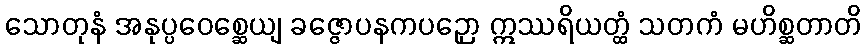
သောတုနံ အနုပ္ပဝေစ္ဆေယျ ခဇ္ဇောပနကပဉှော ဣဿရိယတ္ထံ သတကံ မဟိစ္ဆတာတိ